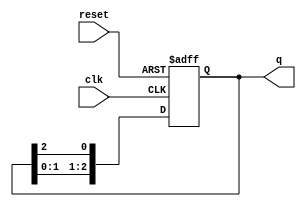
module ring_counter (
    input wire clk,       // Clock signal
    input wire reset,     // Asynchronous reset signal
    output reg [2:0] q    // 3-bit output representing the counter state
);

// Always block triggered on the clock edge and reset
always @(posedge clk or posedge reset) begin
    if (reset) begin
        q <= 3'b001; // Initialize to the first state (001)
    end else begin
        // Shift the '1' to the left and wrap it around
        q <= {q[1:0], q[2]}; // Move the last bit to the first position
    end
end

endmodule